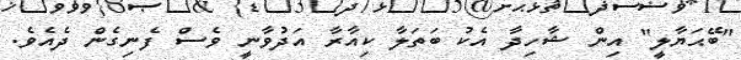
"ބޭޙަޔާލީ" އިން ޝާހިދާ އެކު ބަތަލާ ކިއާރާ އަދުވާނީ ވެސް ފެނިގެން ދެއެވެ.